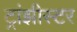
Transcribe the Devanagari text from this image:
ट्रांझीस्टर